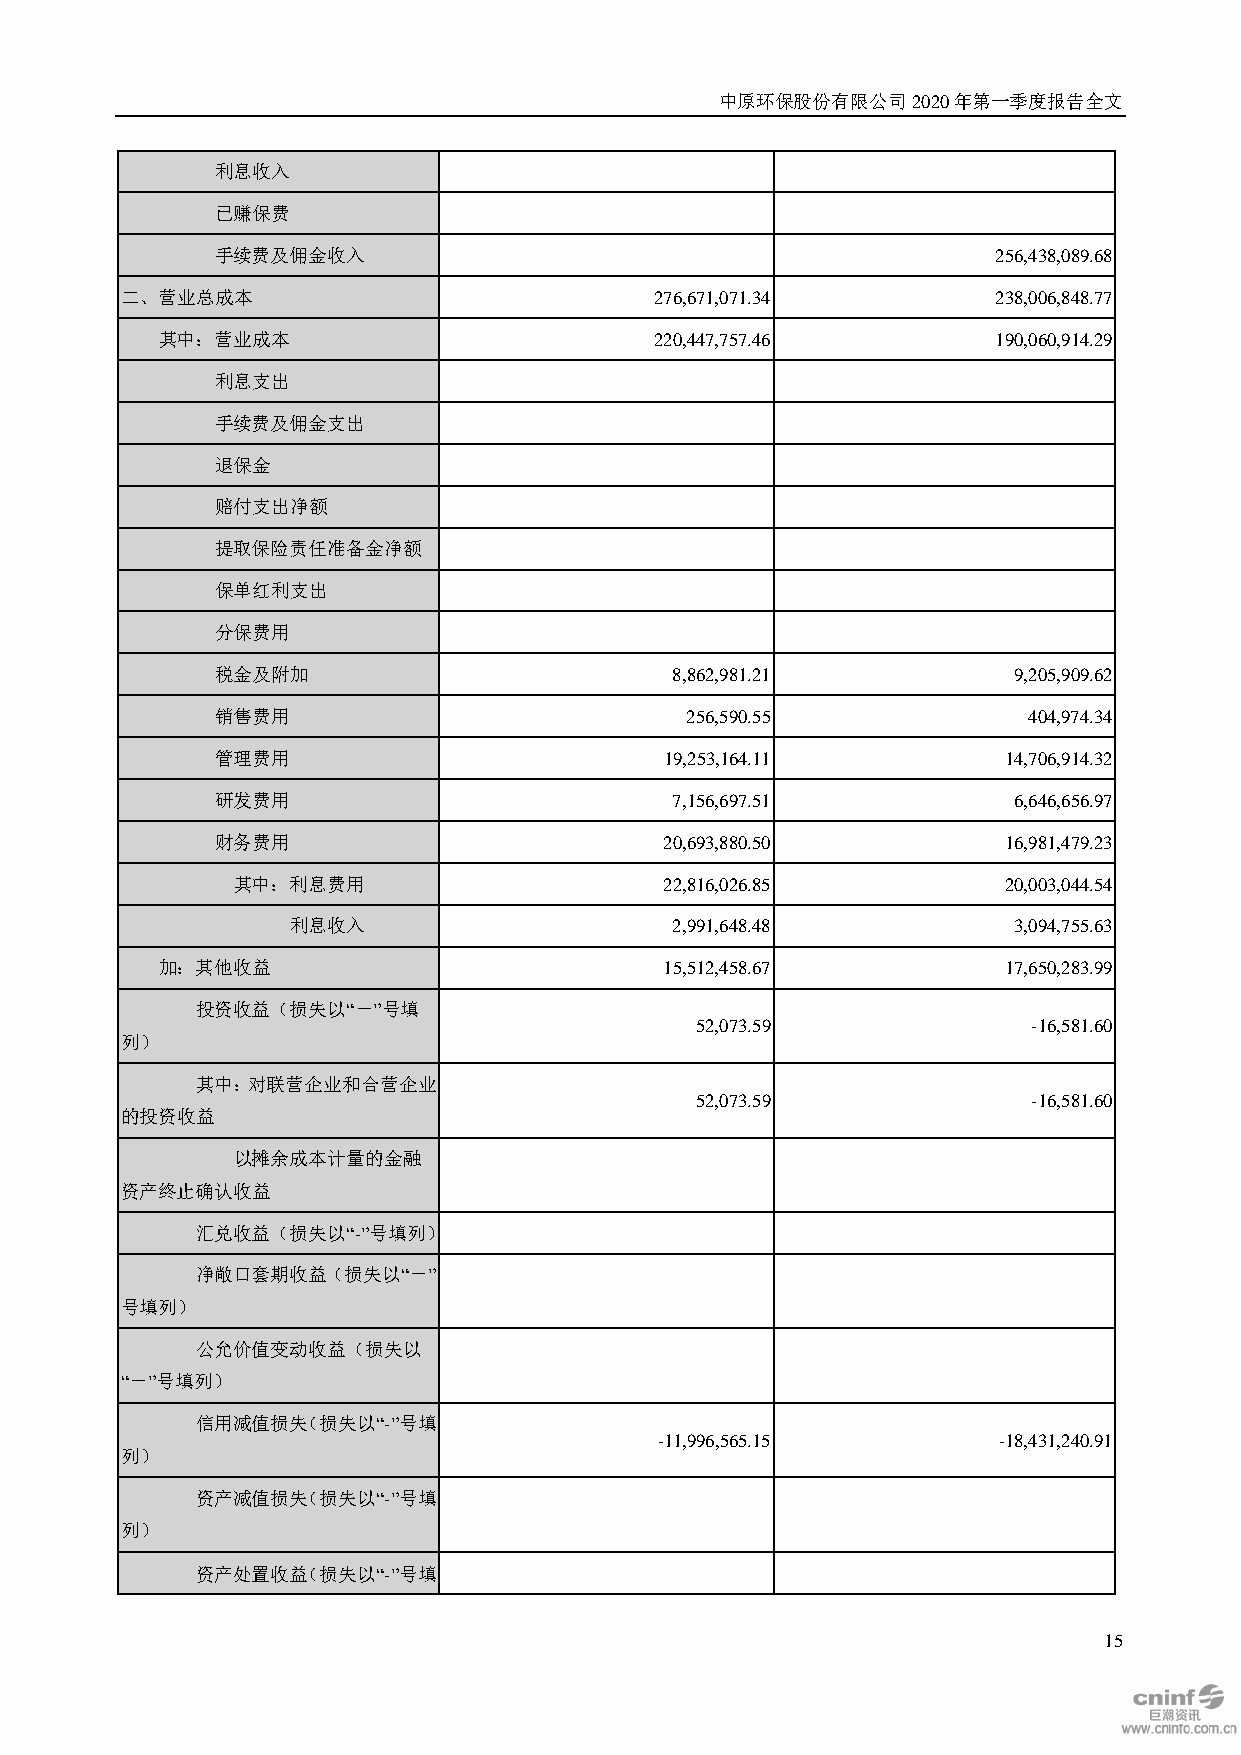
中原环保股份有限公司2020年第一季度报告全文
 利息收入
 已赚保费
 手续费及佣金收入                                            256,438,089.68
 二、营业总成本                            276,671,071.34         238,006,848.77
 其中：营业成本                          220,447,757.46         190,060,914.29
 利息支出
 手续费及佣金支出
 退保金
 赔付支出净额
 提取保险责任准备金净额
 保单红利支出
 分保费用
 税金及附加                         8,862,981.21           9,205,909.62
 销售费用                           256,590.55             404,974.34
 管理费用                          19,253,164.11         14,706,914.32
 研发费用                          7,156,697.51           6,646,656.97
 财务费用                          20,693,880.50         16,981,479.23
 其中：利息费用                      22,816,026.85         20,003,044.54
 利息收入                     2,991,648.48           3,094,755.63
 加：其他收益                            15,512,458.67         17,650,283.99
 投资收益（损失以“－”号填
 52,073.59             -16,581.60
 列）
 其中：对联营企业和合营企业
 52,073.59             -16,581.60
 的投资收益
 以摊余成本计量的金融
 资产终止确认收益
 汇兑收益（损失以“-”号填列）
 净敞口套期收益（损失以“－”
 号填列）
 公允价值变动收益（损失以
 “－”号填列）
 信用减值损失（损失以“-”号填
 -11,996,565.15        -18,431,240.91
 列）
 资产减值损失（损失以“-”号填
 列）
 资产处置收益（损失以“-”号填
 15